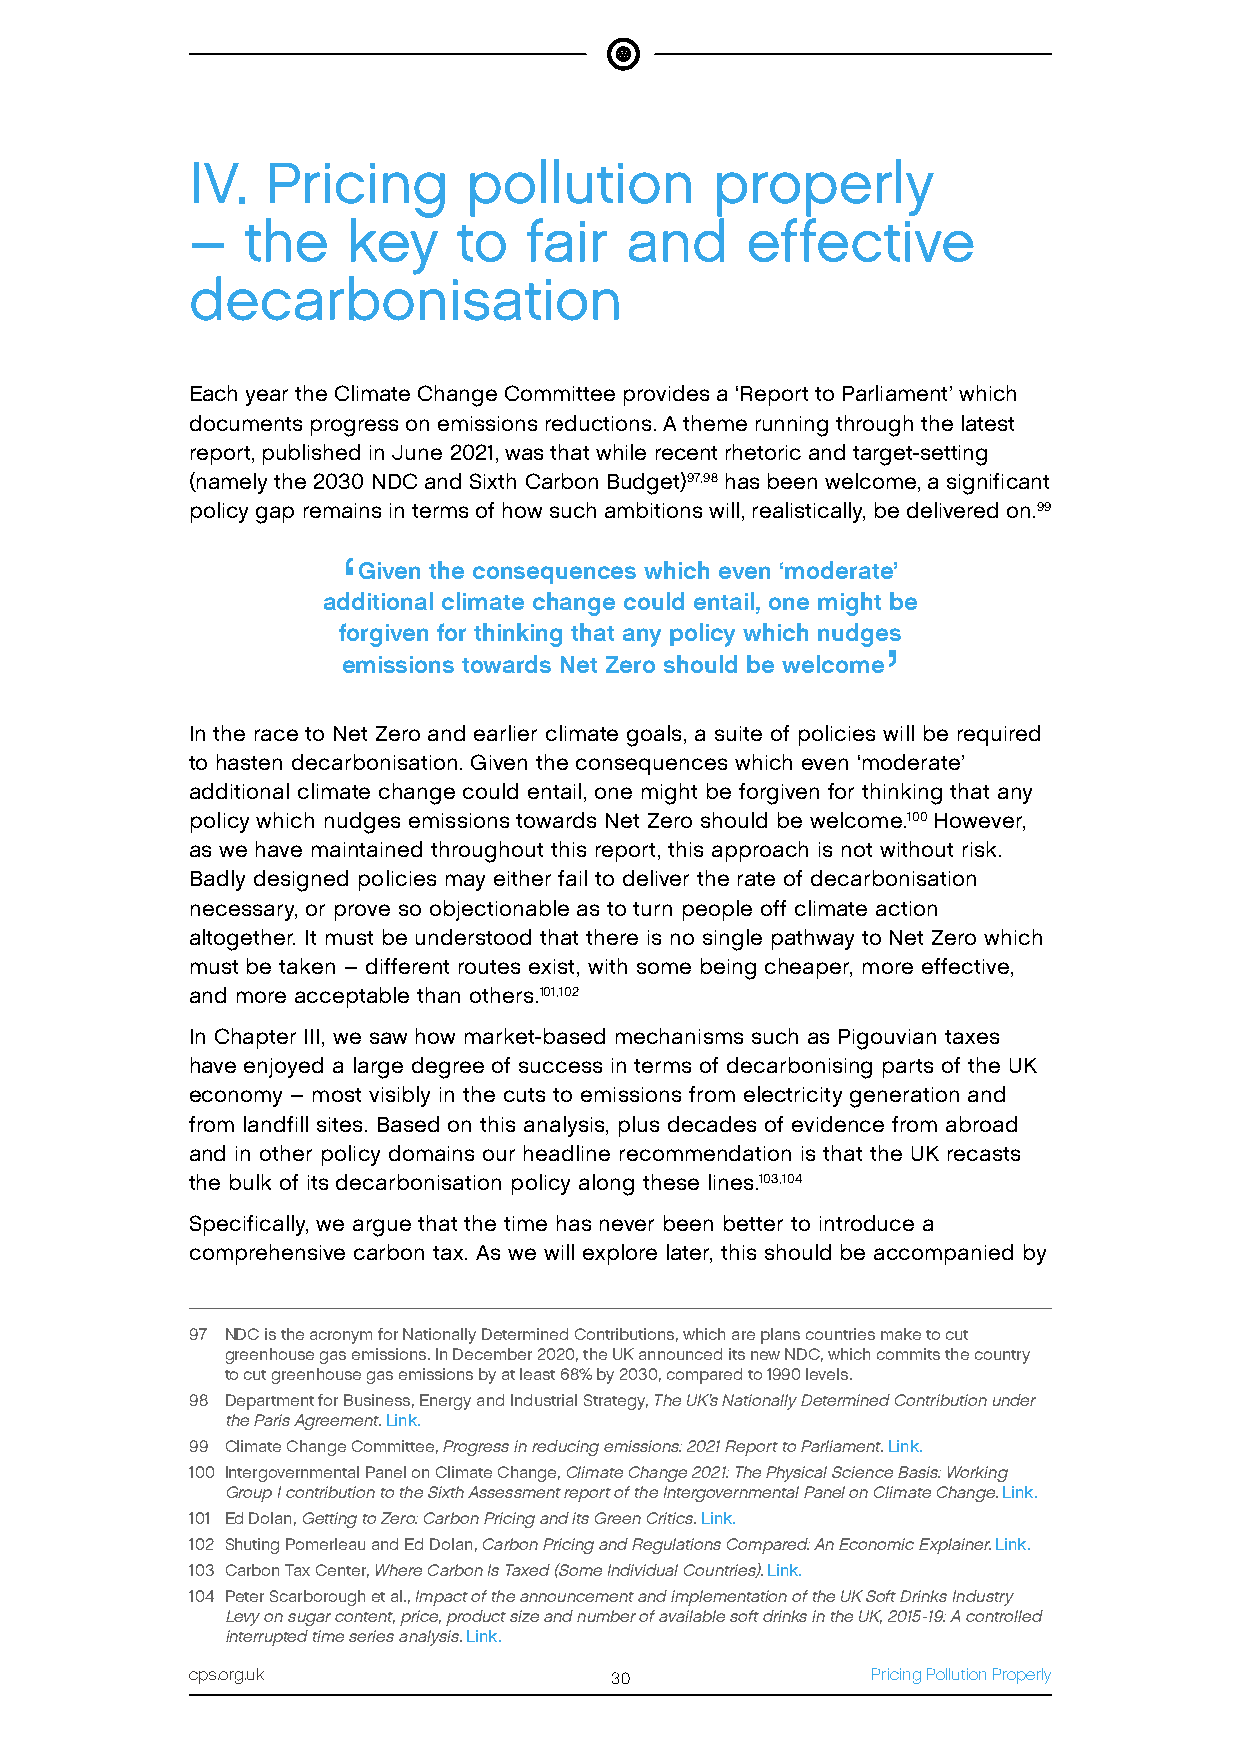
IV.  Pricing      pollution       properly
 –  the    key    to   fair  and     effective
 decarbonisation
 Each year the Climate Change Committee provides a ‘Report to Parliament’ which
 documents progress on emissions reductions. A theme running through the latest
 report, published in June 2021, was that while recent rhetoric and target-setting
 (namely the 2030 NDC and Sixth Carbon Budget)97,98 has been welcome, a significant
 policy gap remains in terms of how such ambitions will, realistically, be delivered on.99
 ‘
 Given the consequences which even ‘moderate’
 additional climate change could entail, one might be
 forgiven for thinking that any policy which nudges
 ’
 emissions towards Net Zero should be welcome
 In the race to Net Zero and earlier climate goals, a suite of policies will be required
 to hasten decarbonisation. Given the consequences which even ‘moderate’
 additional climate change could entail, one might be forgiven for thinking that any
 policy which nudges emissions towards Net Zero should be welcome.100 However,
 as we have maintained throughout this report, this approach is not without risk.
 Badly designed policies may either fail to deliver the rate of decarbonisation
 necessary, or prove so objectionable as to turn people off climate action
 altogether. It must be understood that there is no single pathway to Net Zero which
 must be taken – different routes exist, with some being cheaper, more effective,
 and more acceptable than others.101,102
 In Chapter III, we saw how market-based mechanisms such as Pigouvian taxes
 have enjoyed a large degree of success in terms of decarbonising parts of the UK
 economy – most visibly in the cuts to emissions from electricity generation and
 from landfill sites. Based on this analysis, plus decades of evidence from abroad
 and in other policy domains our headline recommendation is that the UK recasts
 the bulk of its decarbonisation policy along these lines.103,104
 Specifically, we argue that the time has never been better to introduce a
 comprehensive carbon tax. As we will explore later, this should be accompanied by
 97 NDC is the acronym for Nationally Determined Contributions, which are plans countries make to cut
 greenhouse gas emissions. In December 2020, the UK announced its new NDC, which commits the country
 to cut greenhouse gas emissions by at least 68% by 2030, compared to 1990 levels.
 98 Department for Business, Energy and Industrial Strategy, The UK’s Nationally Determined Contribution under
 the Paris Agreement. Link.
 99 Climate Change Committee, Progress in reducing emissions: 2021 Report to Parliament. Link.
 100 Intergovernmental Panel on Climate Change, Climate Change 2021: The Physical Science Basis: Working
 Group I contribution to the Sixth Assessment report of the Intergovernmental Panel on Climate Change. Link.
 101 Ed Dolan, Getting to Zero: Carbon Pricing and its Green Critics. Link.
 102 Shuting Pomerleau and Ed Dolan, Carbon Pricing and Regulations Compared: An Economic Explainer. Link.
 103 Carbon Tax Center, Where Carbon Is Taxed (Some Individual Countries). Link.
 104 Peter Scarborough et al., Impact of the announcement and implementation of the UK Soft Drinks Industry
 Levy on sugar content, price, product size and number of available soft drinks in the UK, 2015-19: A controlled
 interrupted time series analysis. Link.
 cps.org.uk                 30                Pricing Pollution Properly